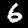
Digit: 6